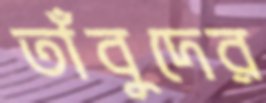
তাঁবুদের